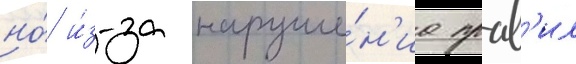
но́ и́з-за наруше́н'иа прав'ил